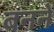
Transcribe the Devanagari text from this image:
बननें